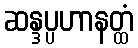
ဆန္ဒပ္ပဟာနတ္ထံ